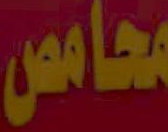
قحامص